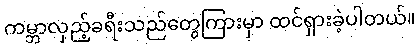
ကမ္ဘာလှည့်ခရီးသည်တွေကြားမှာ ထင်ရှားခဲ့ပါတယ်။